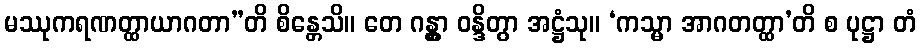
မဿုကရဏတ္ထာယာဂတာ”တိ စိန္တေသိ။ တေ ဂန္တွာ ဝန္ဒိတွာ အဋ္ဌံသု။ ‘ကသ္မာ အာဂတတ္ထာ’တိ စ ပုဋ္ဌာ တံ